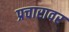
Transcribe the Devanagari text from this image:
प्रचारावर